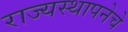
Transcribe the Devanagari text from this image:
राज्यस्थापनेचे